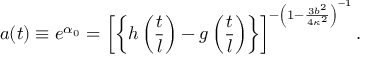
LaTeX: a ( t ) \equiv e ^ { \alpha _ { 0 } } = \left[ \left\{ h \left( \frac { t } { l } \right) - g \left( \frac { t } { l } \right) \right\} \right] ^ { - \left( 1 - \frac { 3 b ^ { 2 } } { 4 \kappa ^ { 2 } } \right) ^ { - 1 } } .